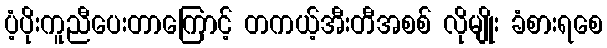
ပံ့ပိုးကူညီပေးတာကြောင့် တကယ့်အီးတီအစစ် လိုမျိုး ခံစားရစေ